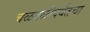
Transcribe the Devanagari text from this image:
चळवळीपर्यंतचा